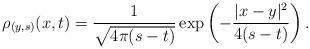
LaTeX: \begin{align*} \rho_{(y,s)}(x,t)=\frac{1}{\sqrt{4\pi(s-t)}}\exp\left(-\frac{|x-y|^2}{4(s-t)}\right). \end{align*}